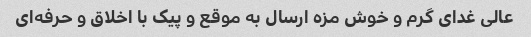
عالی غدای گرم و خوش مزه ارسال به موقع و پیک با اخلاق و حرفه‌ای